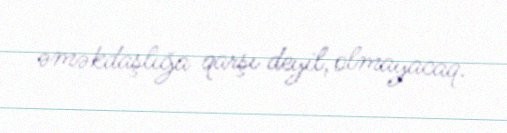
əməkdaşlığa qarşı deyil, olmayacaq.